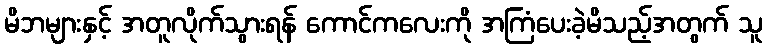
မိဘများနှင့် အတူလိုက်သွားရန် ကောင်ကလေးကို အကြံပေးခဲ့မိသည့်အတွက် သူ